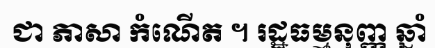
ជា ភាសា កំណើត ។ រដ្ឋធម្មនុញ្ញ ឆ្នាំ